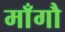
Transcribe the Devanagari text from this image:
माँगौ